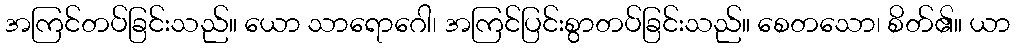
အကြင်တပ်ခြင်းသည်။ ယော သာရောဂေါ၊ အကြင်ပြင်းစွာတပ်ခြင်းသည်။ စေတသော၊ စိတ်၏။ ယာ